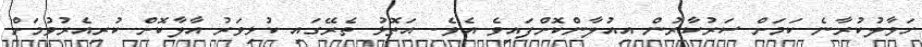
ހަވާލުކުރާނެ ކަމަށް ސަރުކާރުން އިއުލާންކޮށްފައިވެ އެވެ. އަތޮޅު ތެރޭގައި ކުޅިވަރު އާލާކޮށް ކުރިއެރުވުމަށް